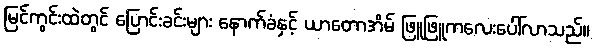
မြင်ကွင်းထဲတွင် ပြောင်းခင်းများ နောက်ခံနှင့် ယာတောအိမ် ဖြူဖြူကလေးပေါ်လာသည်။